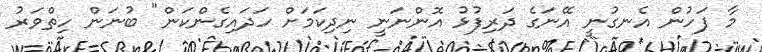
މާ ފަހުން އެނގުނީ އޭނަގެ ދަރިފުޅު އޮންނަނީ ނިދިކަމަށް ހަދައިގެންކަން" ބުނަން ހިތްވަރު